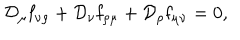
LaTeX: { \cal D } _ { \mu } { \bf f } _ { \nu \rho } + { \cal D } _ { \nu } { \bf f } _ { \rho \mu } + { \cal D } _ { \rho } { \bf f } _ { \mu \nu } = 0 ,